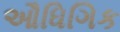
ઔધિગિક